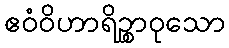
ဧဝံဝိဟာရိဉ္စာဝုသော